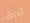
لديك